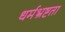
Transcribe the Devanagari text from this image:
धर्मभ्रष्टता